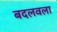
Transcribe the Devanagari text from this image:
बदलवला